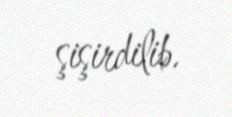
şişirdilib.